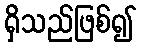
ရှိသည်ဖြစ်၍